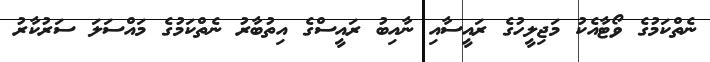
ނެތްކަމުގެ ވޯޓާއެކު މަޖިލީހުގެ ރައީސާއި ނާއިބު ރައީސްގެ އިތުބާރު ނެތްކަމުގެ މައްސަލަ ސަރުކާރު